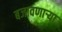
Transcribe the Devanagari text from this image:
बजावणार्‍या